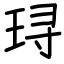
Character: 𬍤